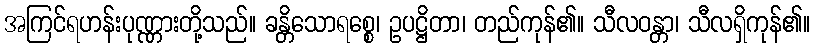
အကြင်ရဟန်းပုဏ္ဏားတို့သည်။ ခန္တိသောရစ္စေ၊ ဥပဋ္ဌိတာ၊ တည်ကုန်၏။ သီလဝန္တာ၊ သီလရှိကုန်၏။